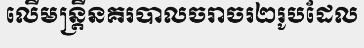
លើមន្ត្រីនគរបាលចរាចរ២រូបដែល